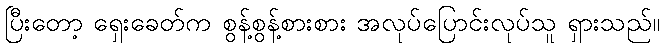
ပြီးတော့ ရှေးခေတ်က စွန့်စွန့်စားစား အလုပ်ပြောင်းလုပ်သူ ရှားသည်။